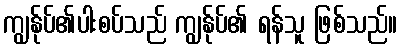
ကျွန်ုပ်၏ပါးစပ်သည် ကျွန်ုပ်၏ ရန်သူ ဖြစ်သည်။